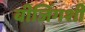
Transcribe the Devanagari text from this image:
बीजिंगशी